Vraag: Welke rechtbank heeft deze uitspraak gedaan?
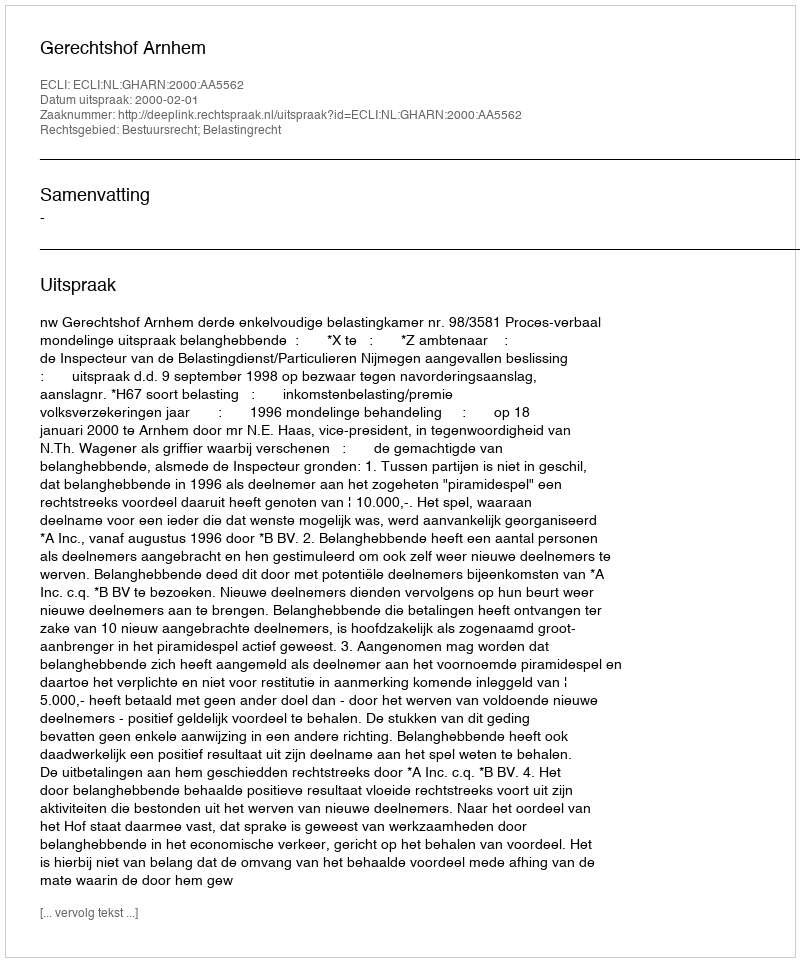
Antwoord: Gerechtshof Arnhem